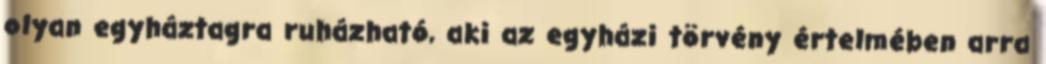
olyan egyháztagra ruházható, aki az egyházi törvény értelmében arra